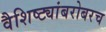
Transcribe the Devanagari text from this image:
वैशिष्ट्यांबरोबरच